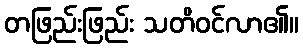
တဖြည်းဖြည်း သတိဝင်လာ၏။